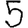
Digit: 5